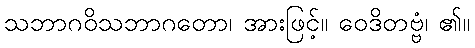
သဘာဂဝိသဘာဂတော၊ အားဖြင့်။ ဝေဒိတဗ္ဗံ၊ ၏။